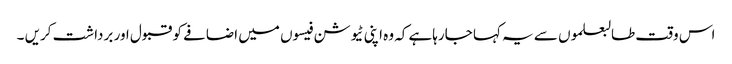
اس وقت طالبعلموں سے یہ کہا جارہاہے کہ وہ اپنی ٹیوشن فیسوں میں اضافے کو قبول اور برداشت کریں ۔